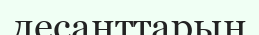
десанттарын